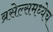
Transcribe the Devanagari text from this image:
ब्रसेल्समध्येच